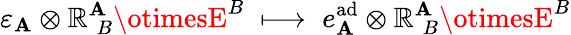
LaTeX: \varepsilon_{\mathbf{A}}\otimes\mathbb{R}_{\; B}^{\mathbf{A}}\otimesE^{B}\; \longmapsto\; e_{\mathbf{A}}^{\mathrm{{ad}}}\otimes\mathbb{R}_{\; B}^{\mathbf{A}}\otimesE^{B}